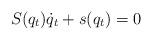
LaTeX: \begin{align*} S(q_t)\dot q_t+s(q_t) = 0 \end{align*}